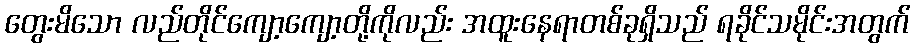
တွေးမိသော လည်တိုင်ကျော့ကျော့တို့ကိုလည်း အထူးနေရာတစ်ခုရှိသည် ရခိုင်သမိုင်းအတွက်